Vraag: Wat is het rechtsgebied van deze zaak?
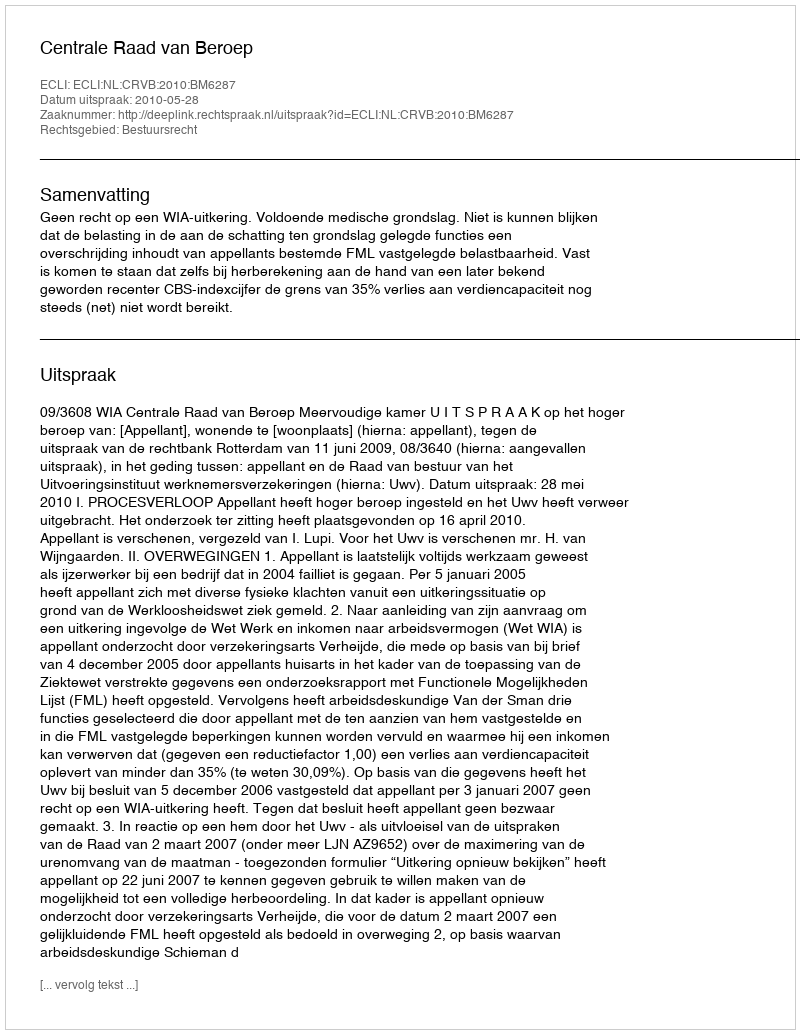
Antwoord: Bestuursrecht